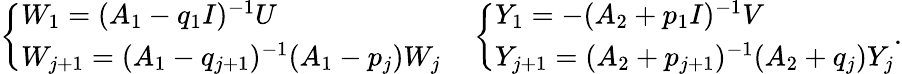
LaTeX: \begin{array}{r}{\left\{ \begin{array}{ll}{W_{1}=(A_{1}-q_{1}I)^{-1}U}\\ {W_{j+1}=(A_{1}-q_{j+1})^{-1}(A_{1}-p_{j})W_{j}}\end{array}\right.\quad\left\{ \begin{array}{ll}{Y_{1}=-(A_{2}+p_{1}I)^{-1}V}\\ {Y_{j+1}=(A_{2}+p_{j+1})^{-1}(A_{2}+q_{j})Y_{j}}\end{array}\right..}\end{array}